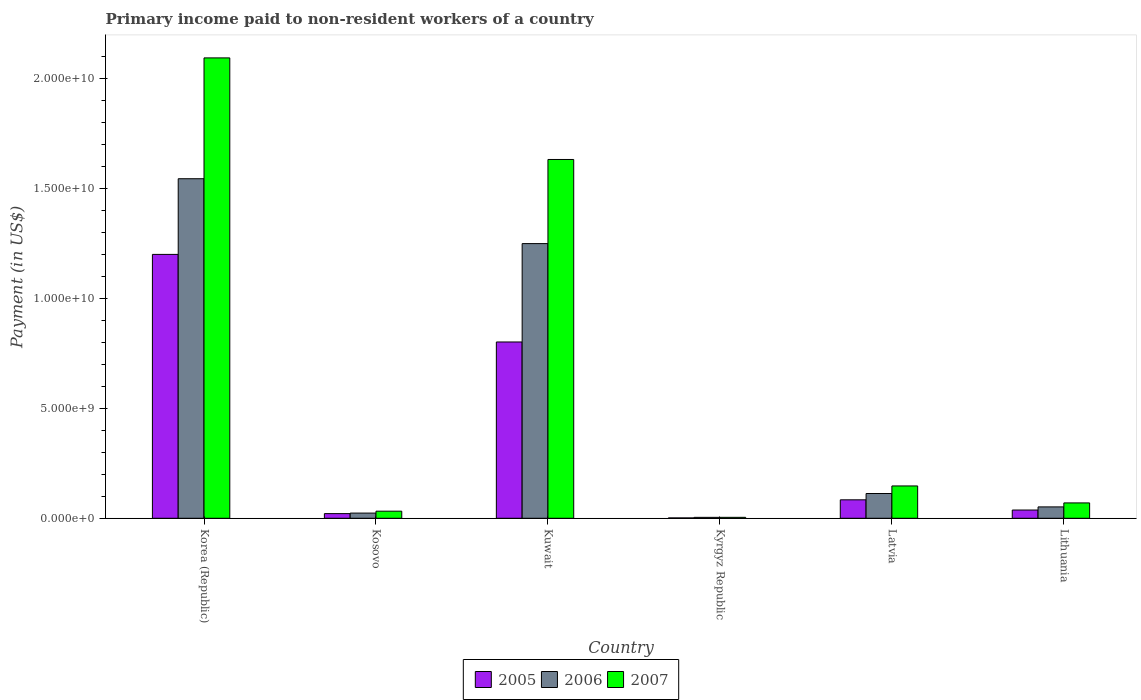
| Country | 2005 | 2006 | 2007 |
 | --- | --- | --- | --- |
 | Korea (Republic) | 1.2e+10 | 1.55e+10 | 2.09e+10 |
 | Kosovo | 2.12e+08 | 2.36e+08 | 3.23e+08 |
 | Kuwait | 8.02e+09 | 1.25e+10 | 1.63e+10 |
 | Kyrgyz Republic | 1.65e+07 | 4.16e+07 | 4.26e+07 |
 | Latvia | 8.4e+08 | 1.13e+09 | 1.47e+09 |
 | Lithuania | 3.75e+08 | 5.17e+08 | 6.99e+08 |